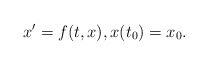
\begin{align*}x'=f(t,x), x(t_0)=x_0.\end{align*}